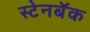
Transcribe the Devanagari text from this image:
स्टेनबॅक